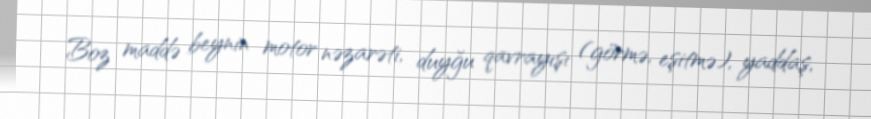
Boz maddə beynin motor nəzarəti, duyğu qavrayışı (görmə, eşitmə), yaddaş,